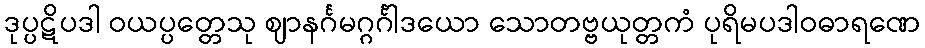
ဒုပ္ပဋိပဒါ ဝယပ္ပတ္တေသု ဈာနင်္ဂမဂ္ဂင်္ဂါဒယော သောတဗ္ဗယုတ္တကံ ပုရိမပဒါဝဓာရဏေ